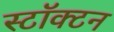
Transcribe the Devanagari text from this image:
स्टॉक्टन